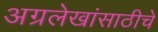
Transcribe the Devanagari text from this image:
अग्रलेखांसाठीचे